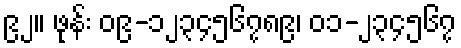
၉၂။ ဖုန်း ၀၉-၁၂၃၄၅၆၇၈၉၊ ၀၁-၂၃၄၅၆၇